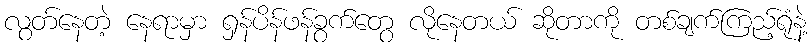
လွတ်နေတဲ့ နေရာမှာ ရှန်ပိန်ဖန်ခွက်တွေ လိုနေတယ် ဆိုတာကို တစ်ချက်ကြည့်ရုံနဲ့